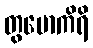
တွမောကိရိ